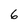
Character: 6